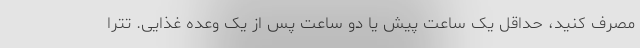
مصرف کنید، حداقل یک ساعت پیش یا دو ساعت پس از یک وعده غذایی. تترا